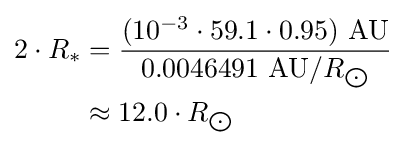
{\begin{aligned}2\cdot R_{*}&={\frac {(10^{-3}\cdot 59.1\cdot 0.95)\ {\text{AU}}}{0.0046491\ {\text{AU}}/R_{\bigodot }}}\\&\approx 12.0\cdot R_{\bigodot }\end{aligned}}